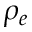
\rho _ { e }